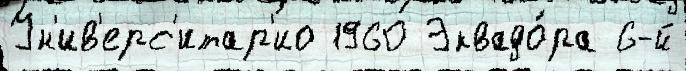
Ун'ив'ерс'итар'ио 1960 Эквадо́ра 6-й